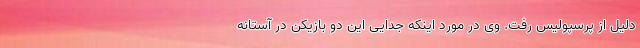
دلیل از پرسپولیس رفت. وی در مورد اینکه جدایی این دو بازیکن در آستانه